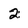
Character: 2